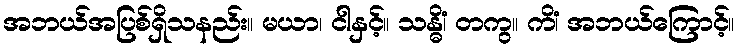
အဘယ်အပြစ်ရှိသနည်း။ မယာ၊ ငါနှင့်။ သန္ဓိံ၊ တကွ။ ကိံ၊ အဘယ်ကြောင့်။